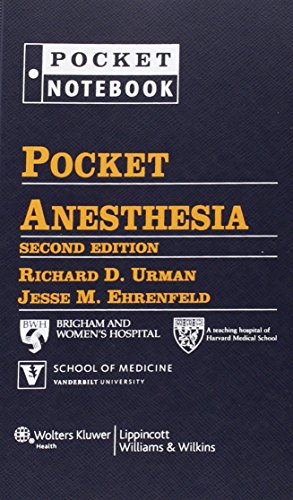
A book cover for Pocket Anesthesia (Pocket Notebook); Richard Urman; Medical Books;